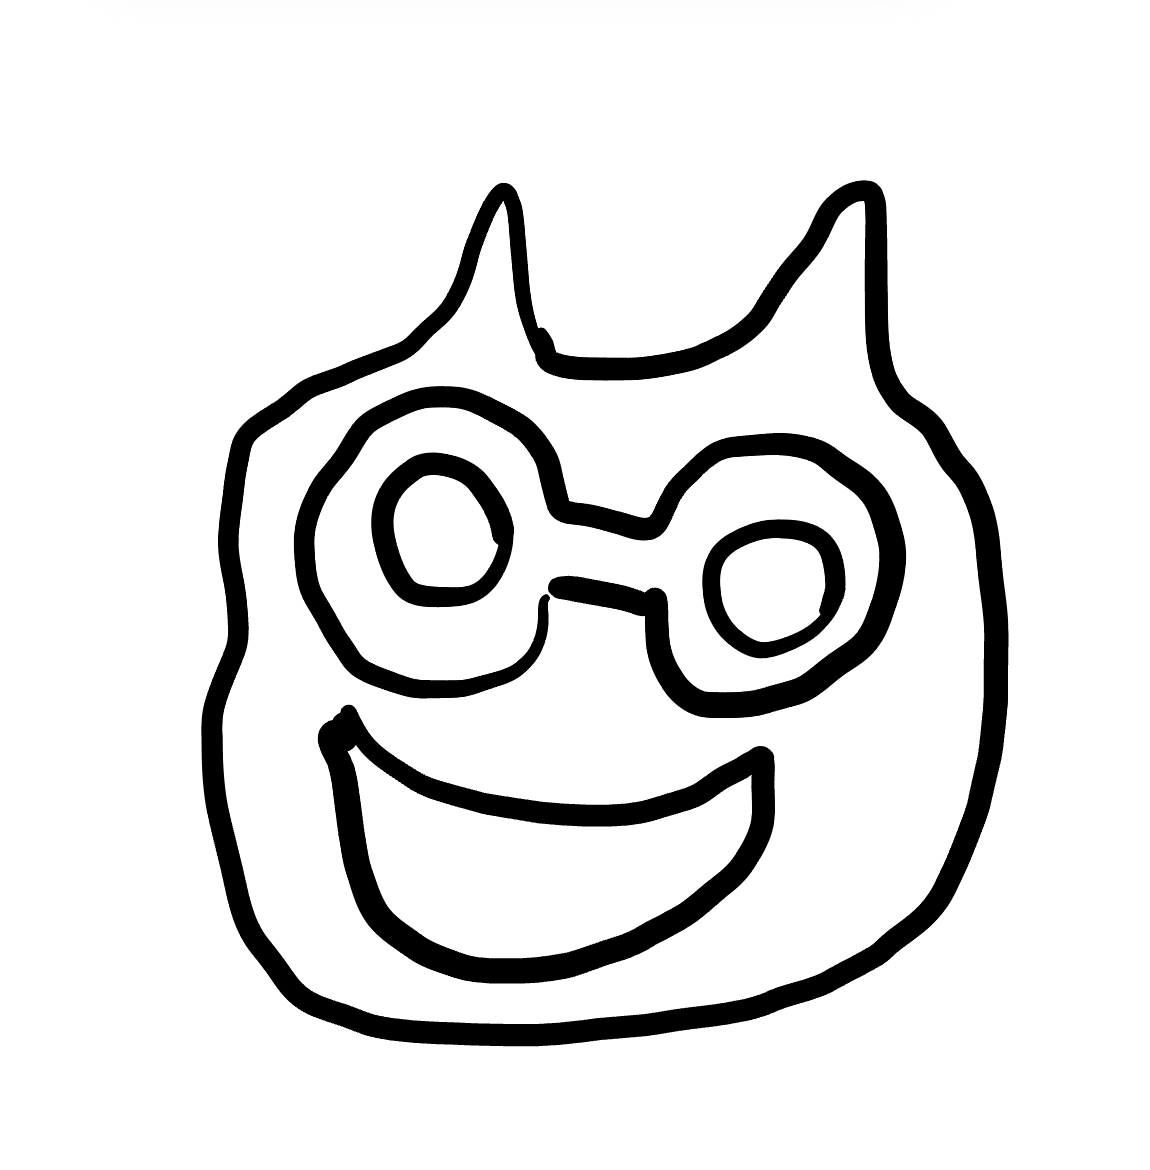
Number of regions (including the outer root region): 6
Containment tree edges (parent, child): 0, 1, 1, 2, 1, 3, 1, 4, 1, 5